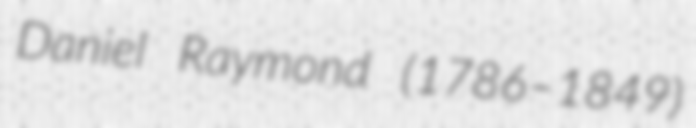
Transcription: Daniel Raymond (1786–1849)